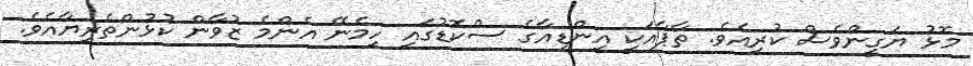
މޮޅު ޔަގީންވެސް ކުރިއެވެ. ތާޕާއަކީ އިންޑިއާގެ ސްކޮޑުގައި ހިމެނޭ އެންމެ ޒުވާން ކުޅުންތެރިޔާއެވެ.